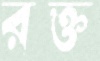
রক্ত